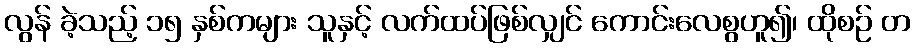
လွန် ခဲ့သည့် ၁၅ နှစ်ကများ သူနှင့် လက်ထပ်ဖြစ်လျှင် ကောင်းလေစွဟူ၍၊ ထိုစဉ် တ